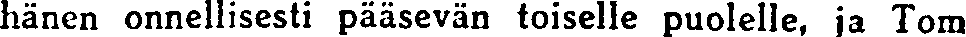
hänen onnellisesti pääsevän toiselle puolelle, ja Tom